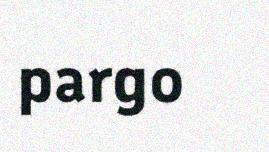
pargo